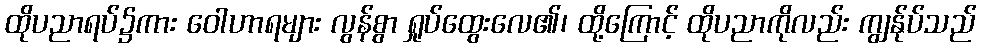
ထိုပညာရပ်၌ကား ဝေါဟာရများ လွန်စွာ ရှုပ်ထွေးလေ၏၊ ထို့ကြောင့် ထိုပညာကိုလည်း ကျွန်ုပ်သည်